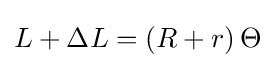
L+\Delta L=\left(R+r\right)\Theta